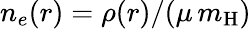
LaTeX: n_{e}(r)=\rho(r)/(\mu\, m_{\mathrm{H}})